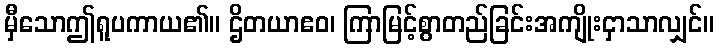
မှီသောဤရူပကာယ၏။ ဌိတယာဧဝ၊ ကြာမြင့်စွာတည်ခြင်းအကျိုးငှာသာလျှင်။